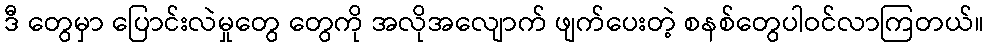
ဒီ တွေမှာ ပြောင်းလဲမှုတွေ တွေကို အလိုအလျောက် ဖျက်ပေးတဲ့ စနစ်တွေပါဝင်လာကြတယ်။